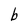
Character: b